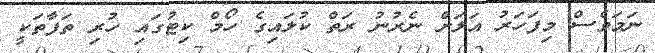
ނަމަވެސް މިފަހަރު އަލަށް ނެރުނު ރަތް ކުލައިގެ ހޯމް ކިޓުގައި ހުރި ތަފާތަކީ